Rangoon Lunatic Asylum 1878-1892 - 1878-1892
Year: 1878
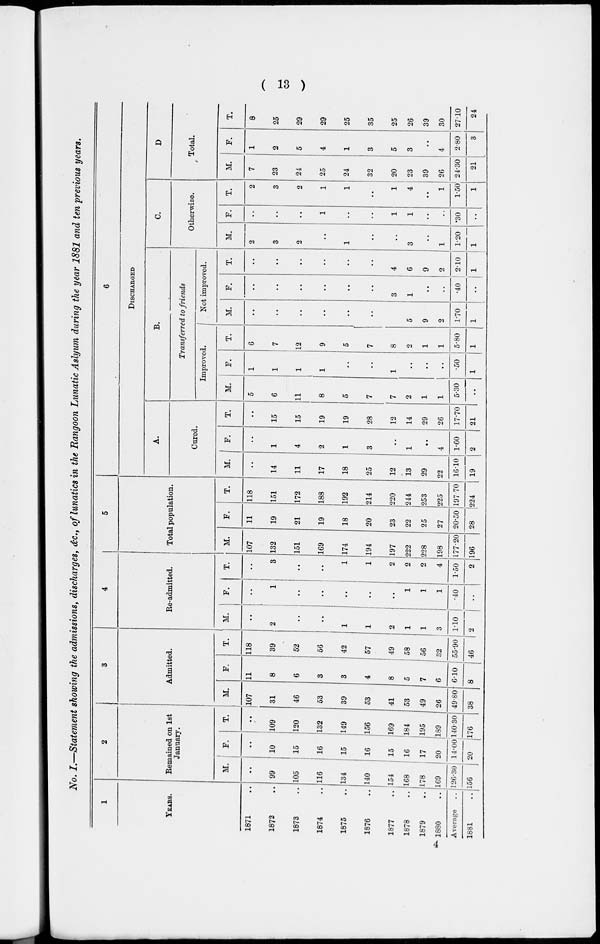
( 13 )
No. I.—Statement showing the admissions, discharges, &c., of lunatics in the Rangoon Lunatic Aslyum during the year 1881 and ten previous years.
1
YEARS.
1871 ..
1872 ..
1873 ..
1874 ..
1875 ..
1876 ..
1877 ..
1878 ..
1879 ..
1880
..
Average
..
1881 ..
2
Remained on 1st
January.
M.
..
99
105
116
134
140
154
168
178
169
126.30
156
F.
..
10
15
16
15
16
15
16
17
20
14.00
20
T.
..
109
120
132
149
156
169
184
195
189
140.30
176
3
Admitted.
M.
107
31
46
53
39
53
41
53
49
26
49.80
38
F.
11
8
6
3
3
4
8
5
7
6
6.10
8
T.
118
39
52
56
42
57
49
58
56
32
55.90
46
4
Re-admitted.
M.
..
2
..
..
1
1
2
1
1
3
1.10
2
F.
..
1
..
..
..
..
..
1
1
1
.40
..
T.
..
3
..
..
1
1
2
2
2
4
1.50
2
5
Total population.
M.
107
132
151
169
174
194
197
222
228
198
177.20
196
F.
11
19
21
19
18
20
23
22
25
27
20.50
28
T.
118
151
172
188
192
214
220
244
253
225
197.70
224
6
DISCHARGED
A.
Cured.
M.
..
14
11
17
18
25
12
13
29
22
16.10
19
F.
..
1
4
2
1
3
..
1
..
4
1.60
2
T.
..
15
15
19
19
28
12
14
29
26
17.70
21
B.
Transferred to friends
Improved.
M.
5
6
11
8
5
7
7
2
1
1
5.30
..
F.
1
1
1
1
..
..
1
..
..
..
.50
1
T.
6
7
12
9
5
7
8
2
1
1
5.80
1
Not improved.
M.
..
..
..
..
..
..
1
5
9
2
1.70
1
F.
..
..
..
..
..
..
3
1
..
..
.40
..
T.
..
..
..
..
..
..
4
6
9
2
2.10
1
C.
Otherwise.
M.
2
3
2
..
1
..
..
3
..
1
1.20
1
F.
..
..
..
1
..
..
1
1
..
..
.30
..
T.
2
3
2
1
1
..
1
4
..
1
1.50
1
D
Total.
M.
7
23
24
25
24
32
20
23
39
26
24.30
21
F.
1
2
5
4
1
3
5
3
..
4
2.80
3
T.
8
25
29
29
25
35
25
26
39
30
27.10
24
4